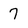
Character: 7